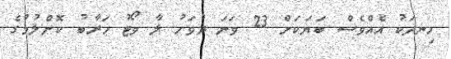
ހިނދަކު އެއްވެސް ބަޔަކަށް 23 ވަނަ ދުވަހު ލާ ވޯޓު ހަރާބު ކޮށްލުމުގެ